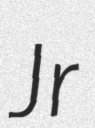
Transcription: Jr